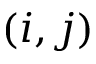
( i , j )